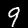
Label: 9